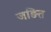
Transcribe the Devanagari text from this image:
जङित